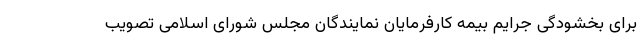
برای بخشودگی جرایم بیمه کارفرمایان نمایندگان مجلس شورای اسلامی تصویب